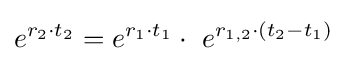
e^{r_{2}\cdot t_{2}}=e^{r_{1}\cdot t_{1}}\cdot \ e^{r_{1,2}\cdot \left(t_{2}-t_{1}\right)}